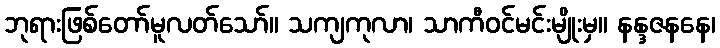
ဘုရားဖြစ်တော်မူလတ်သော်။ သကျကုလာ၊ သာကီဝင်မင်းမျိုးမှ။ နန္ဒဇနနေ၊